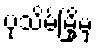
ပုသိမ်မြို့မှ